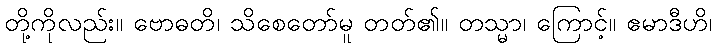
တို့ကိုလည်း။ ဗောဓတိ၊ သိစေတော်မူ တတ်၏။ တသ္မာ၊ ကြောင့်။ ဧမာဒီဟိ၊